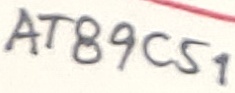
Text: AT89C51